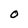
Character: O